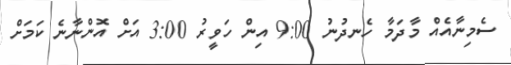
ސެމިނާއެއް މާދަމާ ހެނދުނު 9:00 އިން ހަވީރު 3:00 އަށް އޮންނާނެ ކަމަށް